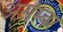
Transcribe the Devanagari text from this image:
असेम्बर